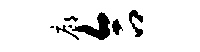
廊合